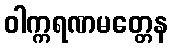
ဝါက္ကရဏမတ္တေန